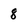
Character: 8